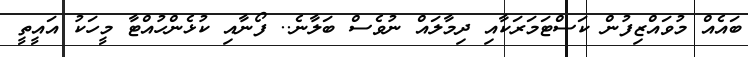
ބައެއް މުވައްޒިފުން ކަސްޓަމަރަކާއި ދިމާލައް ނުވެސް ބަލާނެ.. ފޯނާއި ކުޅެންހުއްޓާ މީހަކު އައީތީ